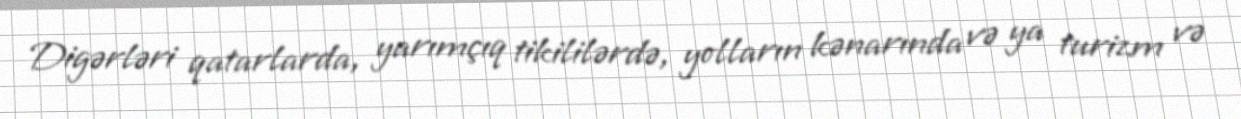
Digərləri qatarlarda, yarımçıq tikililərdə, yolların kənarında və ya turizm və